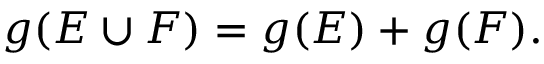
g ( E \cup F ) = g ( E ) + g ( F ) .